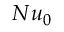
N u _ { 0 }